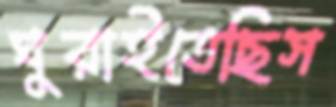
ঘুরাইতেছিস